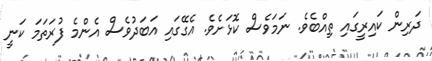
ދަރިން ކައިރީގައި ތިއްބެވެ. ނަމަވެސް ކޮޅަށެވެ. އެގޭގައި އަބަދުވެސް އެންމެ ފުރަތަމަ ކަނީ